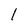
Character: 1